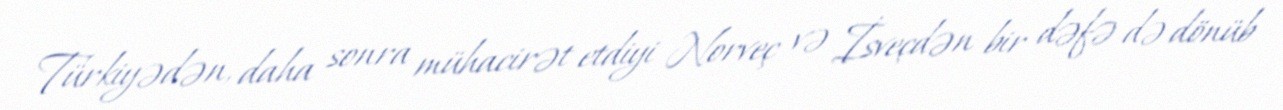
Türkiyədən, daha sonra mühacirət etdiyi Norveç və İsveçdən bir dəfə də dönüb